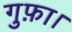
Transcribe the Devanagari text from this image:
गुफ़ा।